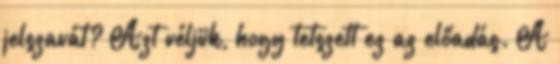
jelszavát? Azt véljük, hogy tetszett ez az előadás. A